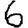
Digit: 6